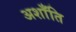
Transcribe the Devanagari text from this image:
अशाँति